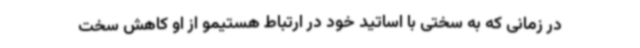
در زمانی که به سختی با اساتید خود در ارتباط هستیمو از او کاهش سخت